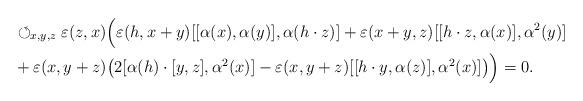
LaTeX: \begin{align*}& \circlearrowleft_{x,y,z}\varepsilon(z,x)\Big(\varepsilon(h,x+y)[[\alpha(x),\alpha(y)],\alpha(h\cdot z)]+ \varepsilon(x+y,z)[[h\cdot z,\alpha(x)],\alpha^2(y)]\\&+\varepsilon(x,y+z)\big(2[\alpha(h)\cdot[y,z],\alpha^2(x)]-\varepsilon(x,y+z)[[h\cdot y,\alpha(z)],\alpha^2(x)]\big)\Big)=0.\end{align*}